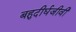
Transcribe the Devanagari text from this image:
बहुदीर्घजीवी